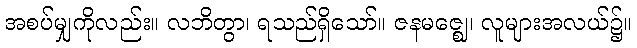
အစပ်မျှကိုလည်း။ လဘိတွာ၊ ရသည်ရှိသော်။ ဇနမဇ္ဈေ၊ လူများအလယ်၌။